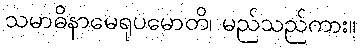
သမာဓိနာမေရုပမောတိ၊ မည်သည်ကား။